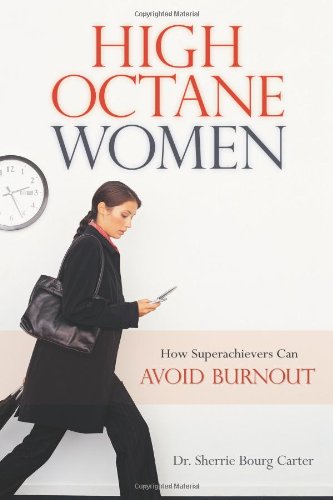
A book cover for High-Octane Women: How Superachievers Can Avoid Burnout; Dr. Sherrie Bourg Carter; Health, Fitness & Dieting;